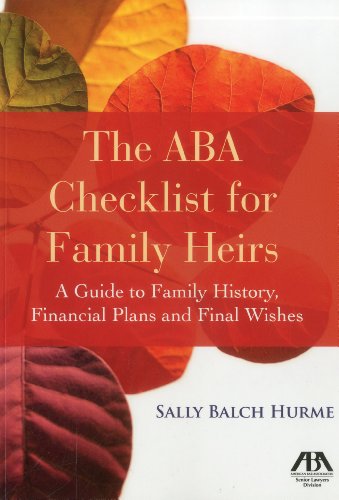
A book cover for The ABA Checklist for Family Heirs: A Guide to Family History, Financial Plans and Final Wishes; Sally Balch Hurme; Law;